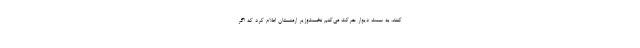
کنند، به سمت دیوار حرکت می‌کنم نخست‌وزیر ارمنستان اعلام کرد که اگر